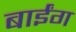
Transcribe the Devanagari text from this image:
बाईंग